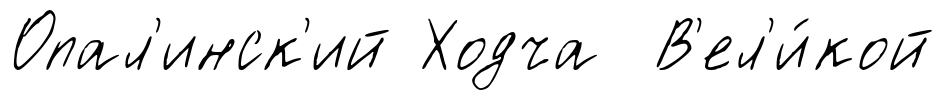
Опал'инск'ий Ходча В'ел'и́кой